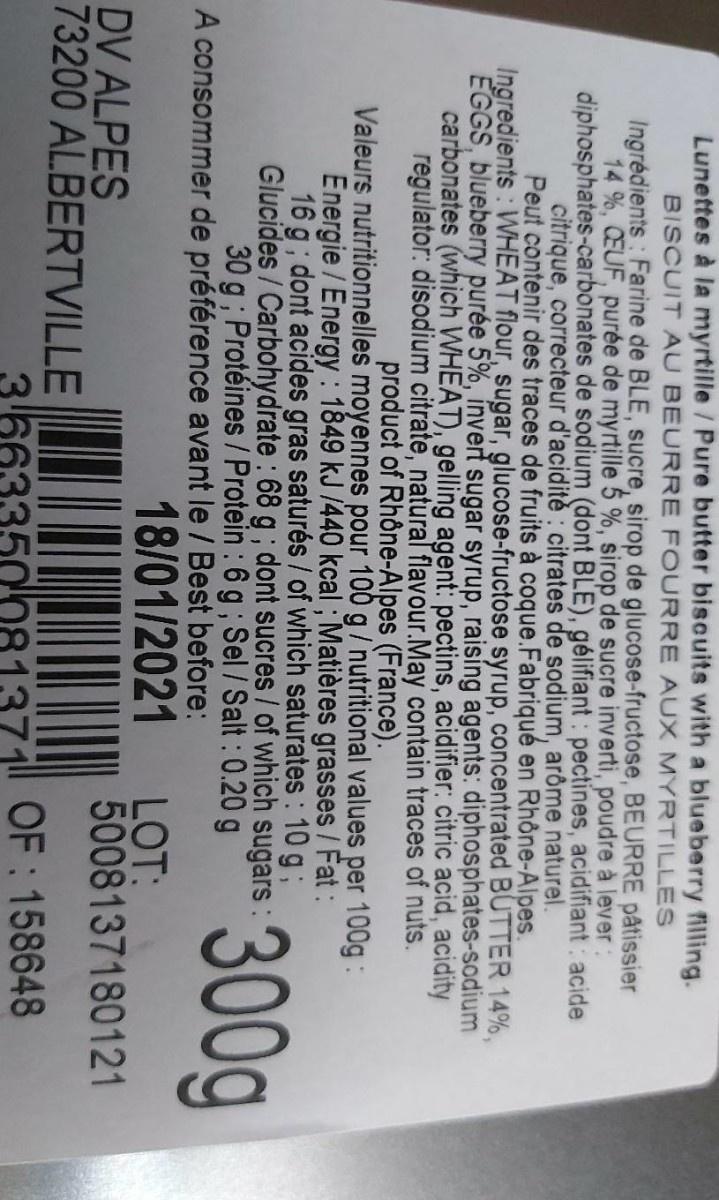
Lunettes à la myrtille / Pure butter biscuits with a blueberry filling. BISCUIT AU BEURRE FOURRE AUX MYRTILLES
Ingrédients Farine de BLE, sucre, sirop de glucose-fructose, BEURRE patissier 14 %, CEUF, purée de myrtille 5 %, sirop de sucre inverti, poudre à lever: diphosphates-carbonates de sodium (dont BLE), gélifiant : pectines, acidifiant: acide citrique, correcteur d'aciditè : citrates de sodium, arôme naturel. Peut contenir des traces de fruits à coque.Fabriqué en Rhône-Alpes. Ingredients : WHEAT flour, sugar, glucose-fructose syrup, concentrated BUTTER 14%, EGGS, blueberry purée 5%, inverf sugar syrup, raisíng agents: diphosphates-sodium carbonates (which WHEAT), gelling agent: pectins, acidifier: citric acid, acidity regulator: disodium citrate, natural flavour.May contain traces of nuts. product of Rhône-Alpes (France). Valeurs nutritionnelles moyennes pour 100 g/nutritional values per 100g: Energie / Energy : 1849 kJ /440 kcal; Matières grasses /Fat : 16 g; dont acides gras saturés / of which saturates : 10 g; Glucides/Carbohydrate : 68 g ; dont sucres / of which sugars: 30 g; Protéines /Protein : 6 g; Sel /Salt : 0.20 g
300g 18/01/2021 LOT:
A consommer de préférence avant le / Best before:
5008137180121
DV ALPES 73200 ALBERTVILLE
3663350 081371
OF : 158648